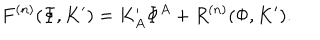
F ^ { ( n ) } ( \Phi , K ^ { \prime } ) = K _ { A } ^ { \prime } \Phi ^ { A } + R ^ { ( n ) } ( \Phi , K ^ { \prime } ) .